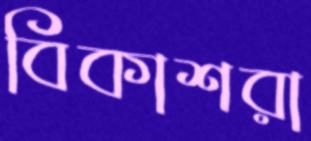
বিকাশরা